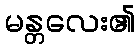
မန္တလေး၏